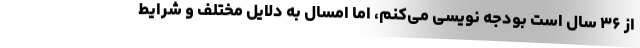
از ۳۶ سال است بودجه نویسی می‌کنم، اما امسال به دلایل مختلف و شرایط